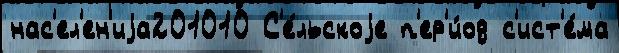
нас'ел'ен'иjа201010 С'е́льскоjе п'ер'и́од с'ист'е́ма